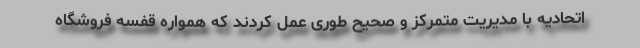
اتحادیه با مدیریت متمرکز و صحیح طوری عمل کردند که همواره قفسه فروشگاه